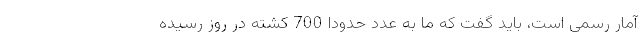
آمار رسمی است، باید گفت که ما به عدد حدوداً 700 کشته در روز رسیده